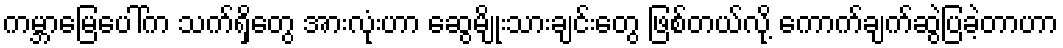
ကမ္ဘာမြေပေါ်က သက်ရှိတွေ အားလုံးဟာ ဆွေမျိုးသားချင်းတွေ ဖြစ်တယ်လို့ ကောက်ချက်ဆွဲပြခဲ့တာဟာ